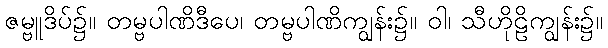
ဇမ္ဗူဒိပ်၌။ တမ္ဗပါဏိဒီပေ၊ တမ္ဗပါဏိကျွန်း၌။ ဝါ၊ သီဟိုဠိကျွန်း၌။